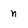
Character: n